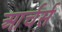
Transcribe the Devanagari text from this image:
आर्चर्स